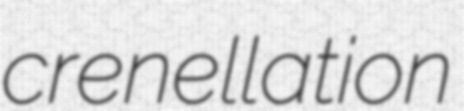
crenellation